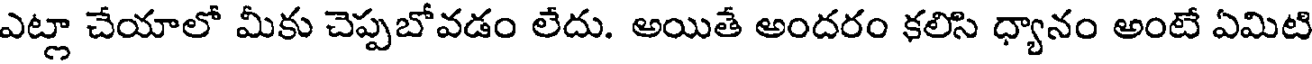
ఎట్లా చేయాలో మీకు చెప్పబోవడం లేదు. అయితే అందరం కలిసి ధ్యానం అంటే ఏమిటి